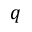
q